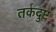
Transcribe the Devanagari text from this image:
तर्कदुष्ट